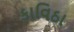
કાવિઠા